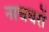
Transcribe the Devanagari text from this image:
नाचघरों